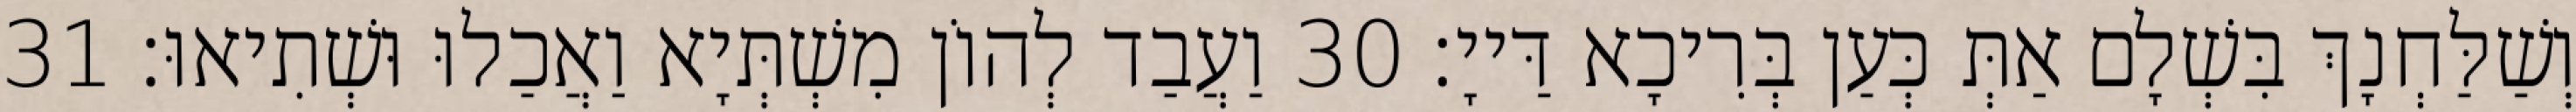
וְשַׁלַּחְנָךְ בִּשְׁלָם אַתְּ כְּעַן בְּרִיכָא דַּייָ׃ 30 וַעֲבַד לְהוֹן מִשְׁתְּיָא וַאֲכַלוּ וּשְׁתִיאוּ׃ 31